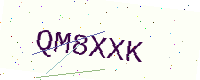
Text: QM8XXK